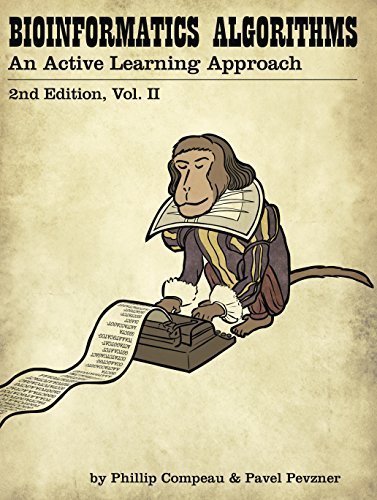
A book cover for Bioinformatics Algorithms: An Active Learning Approach, 2nd Ed. Vol. 2; Phillip Compeau; Computers & Technology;